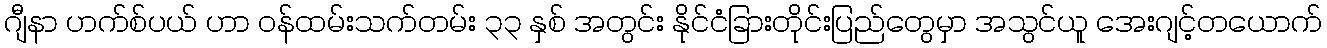
ဂျီနာ ဟက်စ်ပယ် ဟာ ဝန်ထမ်းသက်တမ်း ၃၃ နှစ် အတွင်း နိုင်ငံခြားတိုင်းပြည်တွေမှာ အသွင်ယူ အေးဂျင့်တယောက်